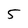
Character: 5